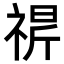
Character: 𬓁